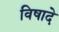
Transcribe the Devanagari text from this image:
विषादे